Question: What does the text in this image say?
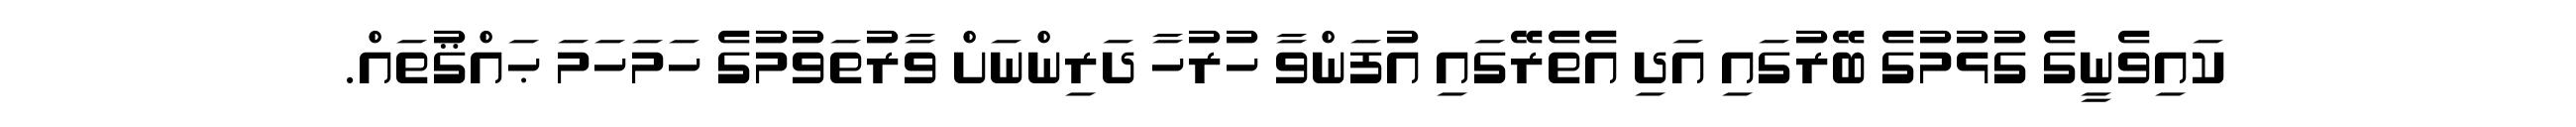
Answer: ކައިވެނީގެ ގުޅުމުގެ ބޭރުގައި އަދި އެތެރޭގައި އުފަންވާ ހުރުހާ ދަރިންނަށް ވާރުތަވުމުގެ ހަމަހަމަ ޙައްޤުތައް.